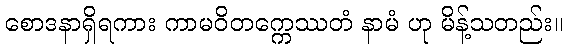
စောဒနာရှိရကား ကာမဝိတက္ကေဿတံ နာမံ ဟု မိန့်သတည်း။